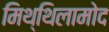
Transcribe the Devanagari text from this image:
मिथ्थिलामोद